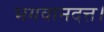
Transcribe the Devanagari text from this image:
भगवानदत्त।